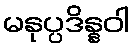
မနုပ္ပဒိန္နဝါ